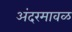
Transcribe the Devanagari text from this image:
अंदरमावळ